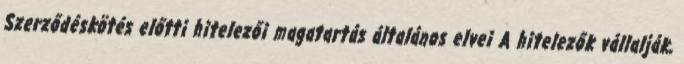
Szerződéskötés előtti hitelezői magatartás általános elvei A hitelezők vállalják,